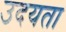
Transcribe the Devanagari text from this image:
उदयता